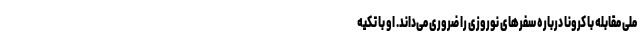
ملی مقابله با کرونا درباره سفرهای نوروزی را ضروری می‌داند. او با تکیه